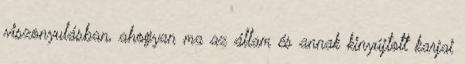
viszonyulásban, ahogyan ma az állam és annak kinyújtott karjai